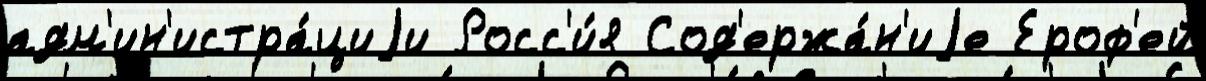
адм'ин'истра́циjи Росс'и́я Сод'ержа́н'иjе Ероф'ей